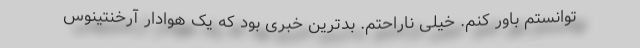
توانستم باور کنم. خیلی ناراحتم. بدترین خبری بود که یک هوادار آرخنتینوس